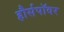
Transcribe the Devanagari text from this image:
हौर्सपॉवर